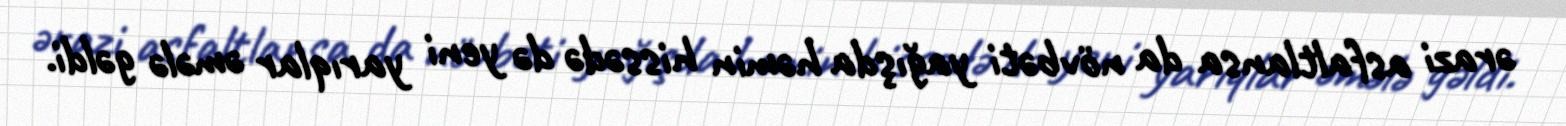
ərazi asfaltlansa da növbəti yağışda həmin hissədə də yeni yarıqlar əmələ gəldi.